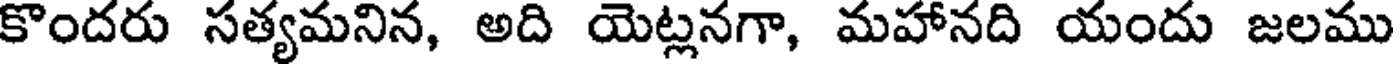
కొందరు సత్యమనిన, అది యెట్లనగా, మహానది యందు జలము